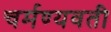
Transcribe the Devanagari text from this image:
चर्मण्यवती